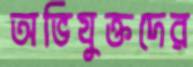
অভিযুক্তদের